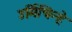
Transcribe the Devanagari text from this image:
उर्मिचिन्हे